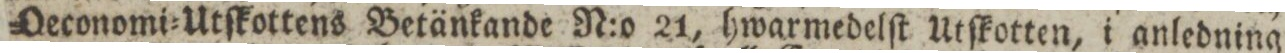
Oeconomi=Utſkottens Betänkande N:o 21, hwarmedelſt Utſkotten, i anledning